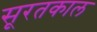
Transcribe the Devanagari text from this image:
सूरतकाल